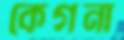
কেগনা